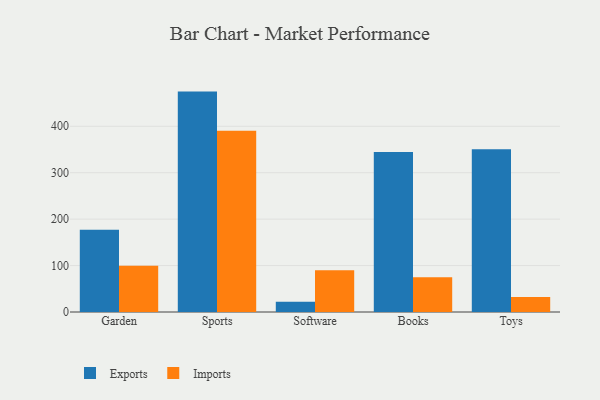
{"axis": {"x": "Category", "y": "Gross Profit (USD K)"}, "legend": ["Exports", "Imports"], "data": [{"x": "Garden", "y": 177.2, "type": "Exports"}, {"x": "Garden", "y": 99.7, "type": "Imports"}, {"x": "Sports", "y": 474.7, "type": "Exports"}, {"x": "Sports", "y": 390.6, "type": "Imports"}, {"x": "Software", "y": 22.0, "type": "Exports"}, {"x": "Software", "y": 90.1, "type": "Imports"}, {"x": "Books", "y": 344.4, "type": "Exports"}, {"x": "Books", "y": 75.1, "type": "Imports"}, {"x": "Toys", "y": 350.3, "type": "Exports"}, {"x": "Toys", "y": 32.2, "type": "Imports"}]}